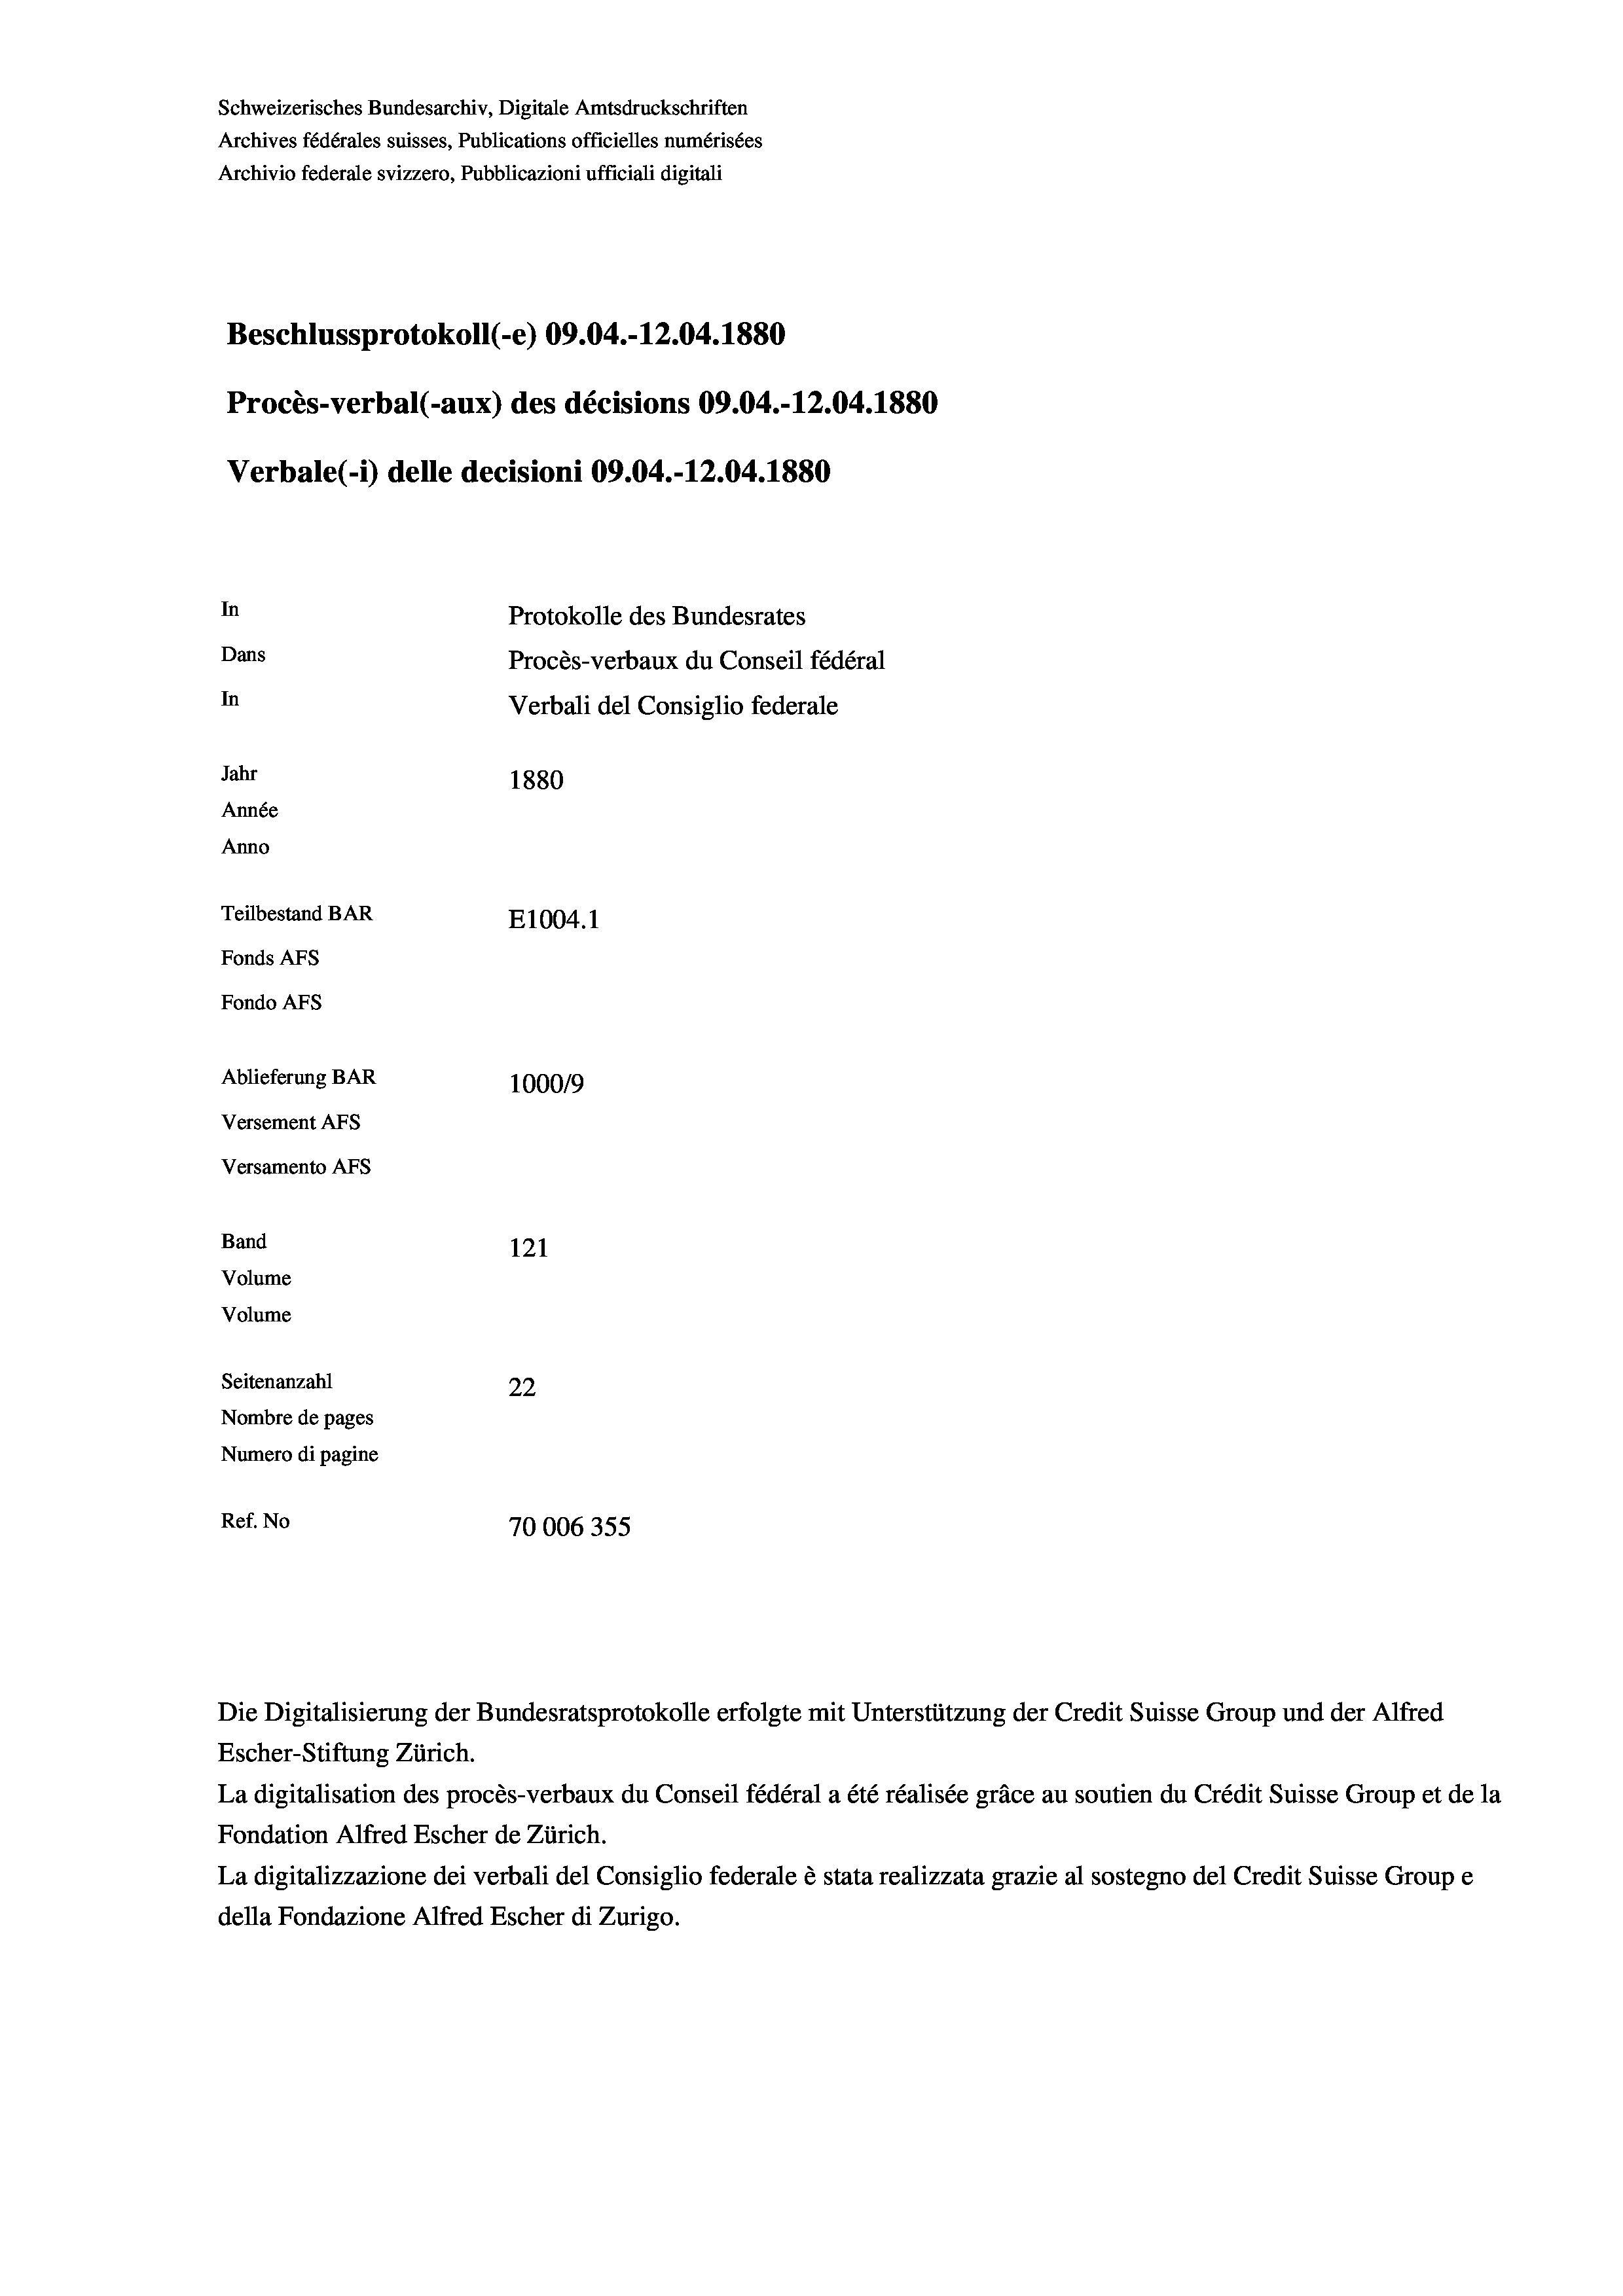
Schweizerisches Bundesarchiv, Digitale Amtsdruckschriften
Archives fédérales suisses, Publications officielles numérisées
Archivio federale svizzero, Pubblicazioni ufficiali digitali
Beschlussprotokoll (-e) 09.04.-12.04. 1880
Procès-verbal (-aux) des décisions 09.04.-12.04. 1880
Verbale (1) delle decisioni 09.04.-12.04.1880
In
Protokolle des Bundesrates
Dans
Procès-verbaux du Conseil fédéral
In
Verbali del Consiglio federale
Jahr
1880
Année
Anno
Teilbestand BAR
E1004.1
Fonds AFs
Fondo Afs
Ablieferung BAR
100019
Versement AFs
Versamento Afs
Band
121
Volume
Volume
Seitenanzahl
22
Nombre de pages
Numero di pagine
Ref. No
70006355

Escher-Stiftung Zürich.
La digitalisation des procès-verbaux du Conseil fédéral a été réalisée gräce au soutien du Crédit Suisse Group et de la
Fondation Alfred Escher de Zürich.
La digitalizzazione dei verbali del Consiglio federale è stata realizzata grazie al sostegno del Credit Suisse Groupe
della Fondazione Alfred Escher di Zurigo.

Die Digitalisierung der Bundesratsprotokolle erfolgte mit Unterstützung der Credit Suisse Group und der Alfred